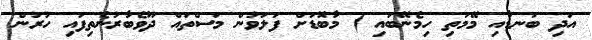
އަދި ބަނޑާއި މޭމަތި ހިމެނޭބައި ) މާބޮޑަށް ފަލަވުން މަސްތައް ދޫވެބާރުނެތިފައި ހުރުން